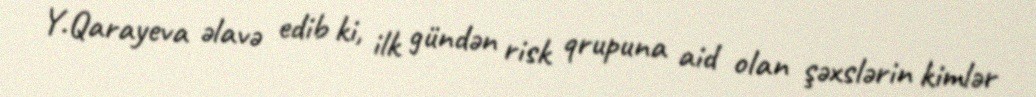
Y.Qarayeva əlavə edib ki, ilk gündən risk qrupuna aid olan şəxslərin kimlər